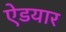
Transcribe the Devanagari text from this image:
ऐडयार